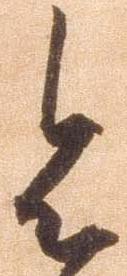
令